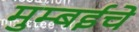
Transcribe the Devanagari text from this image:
मुम्बईचे